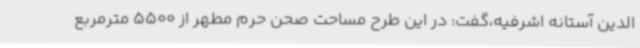
الدین آستانه اشرفیه،گفت: در این طرح مساحت صحن حرم مطهر از 5500 مترمربع